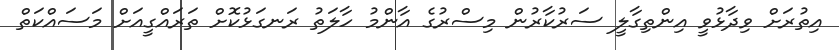
އިތުރަށް ވިދާޅުވީ އިންތިގާލީ ސަރުކާރުން މިސްރުގެ އާންމު ހާލަތު ރަނގަޅުކޮށް ތަރައްގީއަށް މަސައްކަތް